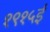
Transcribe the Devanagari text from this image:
१९१५ई